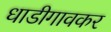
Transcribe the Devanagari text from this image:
धाडीगावकर